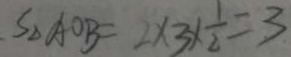
S _ { \Delta A O B } = 2 \times 3 \times \frac { 1 } { 2 } = 3